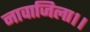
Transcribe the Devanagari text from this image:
नावाजिला।।